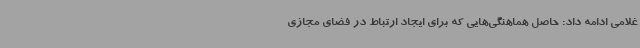
غلامی ادامه داد: حاصل هماهنگی‌هایی که برای ایجاد ارتباط در فضای مجازی